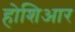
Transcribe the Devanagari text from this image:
होशिआर